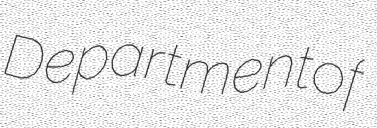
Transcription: Department of